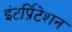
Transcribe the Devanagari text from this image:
इंटर्प्रिटेशन